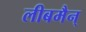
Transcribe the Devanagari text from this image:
लीबमैन्